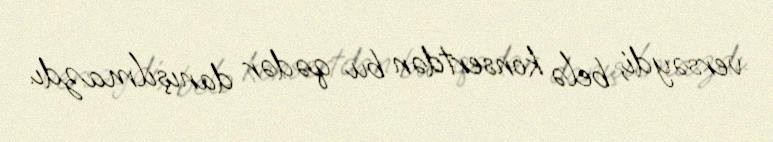
versəydi, belə konsertdən bu qədər danışılmazdı.